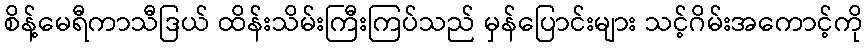
စိန့်မေရီကာသီဒြယ် ထိန်းသိမ်းကြီးကြပ်သည် မှန်ပြောင်းများ သင့်ဂိမ်းအကောင့်ကို